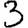
Digit: 3